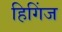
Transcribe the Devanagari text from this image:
हिगिंज